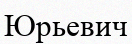
Юрьевич